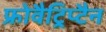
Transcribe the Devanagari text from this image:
फ्रोवैट्रिप्टैन